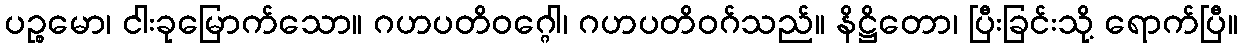
ပဉ္စမော၊ ငါးခုမြောက်သော။ ဂဟပတိဝဂ္ဂေါ၊ ဂဟပတိဝဂ်သည်။ နိဋ္ဌိတော၊ ပြီးခြင်းသို့ ရောက်ပြီ။